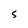
Character: S